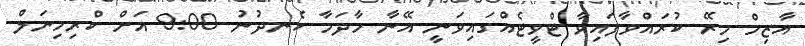
އާޒިމް މިރޭ ކުރައްވާފައިވާ ޓްވީޓެއްގައިވަނީ އޭނާ މާދަމާ ހެނދުނު 9:00 އަށް ކްރިމިނަލް